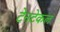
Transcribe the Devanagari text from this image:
टेनटेकल